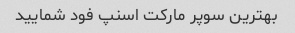
بهترین سوپر مارکت اسنپ فود شمایید